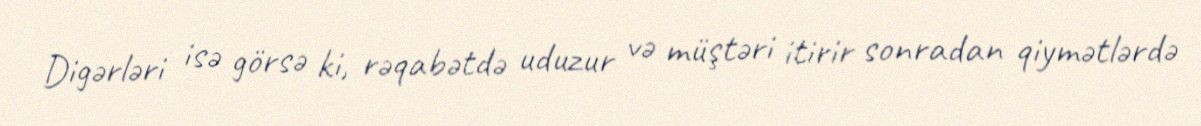
Digərləri isə görsə ki, rəqabətdə uduzur və müştəri itirir sonradan qiymətlərdə